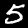
Digit: 5